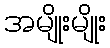
အမျိုးမျိုး